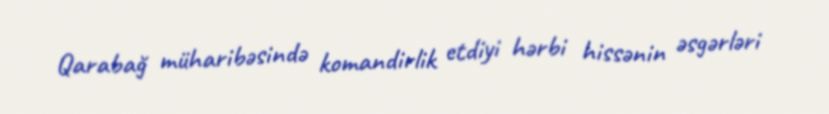
Qarabağ müharibəsində komandirlik etdiyi hərbi hissənin əsgərləri